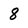
Character: 8